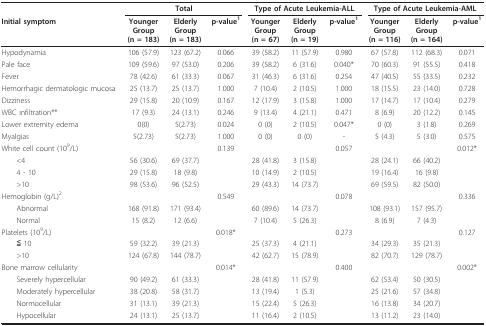
<table><thead><tr><td></td><td colspan="3"><b>Total</b></td><td colspan="3"><b>Type of Acute Leukemia-ALL</b></td><td colspan="3"><b>Type of Acute Leukemia-AML</b></td></tr><tr><td><b>Initial symptom</b></td><td><b>YoungerGroup(n = 183)</b></td><td><b>ElderlyGroup(n = 183)</b></td><td><b>p-value<sup>1</sup></b></td><td><b>YoungerGroup(n = 67)</b></td><td><b>ElderlyGroup(n = 19)</b></td><td><b>p-value<sup>1</sup></b></td><td><b>YoungerGroup(n = 116)</b></td><td><b>ElderlyGroup(n = 164)</b></td><td><b>p-value<sup>1</sup></b></td></tr></thead><tbody><tr><td>Hypodynamia</td><td>106 (57.9)</td><td>123 (67.2)</td><td>0.066</td><td>39 (58.2)</td><td>11 (57.9)</td><td>0.980</td><td>67 (57.8)</td><td>112 (68.3)</td><td>0.071</td></tr><tr><td>Pale face</td><td>109 (59.6)</td><td>97 (53.0)</td><td>0.206</td><td>39 (58.2)</td><td>6 (31.6)</td><td>0.040*</td><td>70 (60.3)</td><td>91 (55.5)</td><td>0.418</td></tr><tr><td>Fever</td><td>78 (42.6)</td><td>61 (33.3)</td><td>0.067</td><td>31 (46.3)</td><td>6 (31.6)</td><td>0.254</td><td>47 (40.5)</td><td>55 (33.5)</td><td>0.232</td></tr><tr><td>Hemorrhagic dermatologic mucosa</td><td>25 (13.7)</td><td>25 (13.7)</td><td>1.000</td><td>7 (10.4)</td><td>2 (10.5)</td><td>1.000</td><td>18 (15.5)</td><td>23 (14.0)</td><td>0.728</td></tr><tr><td>Dizziness</td><td>29 (15.8)</td><td>20 (10.9)</td><td>0.167</td><td>12 (17.9)</td><td>3 (15.8)</td><td>1.000</td><td>17 (14.7)</td><td>17 (10.4)</td><td>0.279</td></tr><tr><td>WBC infiltration**</td><td>17 (9.3)</td><td>24 (13.1)</td><td>0.246</td><td>9 (13.4)</td><td>4 (21.1)</td><td>0.471</td><td>8 (6.9)</td><td>20 (12.2)</td><td>0.145</td></tr><tr><td>Lower extremity edema</td><td>0(0)</td><td>5(2.73)</td><td>0.024</td><td>0 (0)</td><td>2 (10.5)</td><td>0.047*</td><td>0 (0)</td><td>3 (1.8)</td><td>0.269</td></tr><tr><td>Myalgias</td><td>5(2.73)</td><td>5(2.73)</td><td>1.000</td><td>0 (0)</td><td>0 (0)</td><td>-</td><td>5 (4.3)</td><td>5 (3.0)</td><td>0.575</td></tr><tr><td>White cell count (10<sup>9</sup>/L)</td><td></td><td></td><td>0.139</td><td></td><td></td><td>0.057</td><td></td><td></td><td>0.012*</td></tr><tr><td> &lt;4</td><td>56 (30.6)</td><td>69 (37.7)</td><td></td><td>28 (41.8)</td><td>3 (15.8)</td><td></td><td>28 (24.1)</td><td>66 (40.2)</td><td></td></tr><tr><td> 4 - 10</td><td>29 (15.8)</td><td>18 (9.8)</td><td></td><td>10 (14.9)</td><td>2 (10.5)</td><td></td><td>19 (16.4)</td><td>16 (9.8)</td><td></td></tr><tr><td> &gt;10</td><td>98 (53.6)</td><td>96 (52.5)</td><td></td><td>29 (43.3)</td><td>14 (73.7)</td><td></td><td>69 (59.5)</td><td>82 (50.0)</td><td></td></tr><tr><td>Hemoglobin (g/L)<sup>2</sup></td><td></td><td></td><td>0.549</td><td></td><td></td><td>0.078</td><td></td><td></td><td>0.336</td></tr><tr><td> Abnormal</td><td>168 (91.8)</td><td>171 (93.4)</td><td></td><td>60 (89.6)</td><td>14 (73.7)</td><td></td><td>108 (93.1)</td><td>157 (95.7)</td><td></td></tr><tr><td> Normal</td><td>15 (8.2)</td><td>12 (6.6)</td><td></td><td>7 (10.4)</td><td>5 (26.3)</td><td></td><td>8 (6.9)</td><td>7 (4.3)</td><td></td></tr><tr><td>Platelets (10<sup>9</sup>/L)</td><td></td><td></td><td>0.018*</td><td></td><td></td><td>0.273</td><td></td><td></td><td>0.127</td></tr><tr><td> ≦ 10</td><td>59 (32.2)</td><td>39 (21.3)</td><td></td><td>25 (37.3)</td><td>4 (21.1)</td><td></td><td>34 (29.3)</td><td>35 (21.3)</td><td></td></tr><tr><td> &gt;10</td><td>124 (67.8)</td><td>144 (78.7)</td><td></td><td>42 (62.7)</td><td>15 (78.9)</td><td></td><td>82 (70.7)</td><td>129 (78.7)</td><td></td></tr><tr><td>Bone marrow cellularity</td><td></td><td></td><td>0.014*</td><td></td><td></td><td>0.400</td><td></td><td></td><td>0.002*</td></tr><tr><td> Severely hypercellular</td><td>90 (49.2)</td><td>61 (33.3)</td><td></td><td>28 (41.8)</td><td>11 (57.9)</td><td></td><td>62 (53.4)</td><td>50 (30.5)</td><td></td></tr><tr><td> Moderately hypercellular</td><td>38 (20.8)</td><td>58 (31.7)</td><td></td><td>13 (19.4)</td><td>1 (5.3)</td><td></td><td>25 (21.6)</td><td>57 (34.8)</td><td></td></tr><tr><td> Normocellular</td><td>31 (13.1)</td><td>39 (21.3)</td><td></td><td>15 (22.4)</td><td>5 (26.3)</td><td></td><td>16 (13.8)</td><td>34 (20.7)</td><td></td></tr><tr><td> Hypocellular</td><td>24 (13.1)</td><td>25 (13.7)</td><td></td><td>11 (16.4)</td><td>2 (10.5)</td><td></td><td>13 (11.2)</td><td>23 (14.0)</td><td></td></tr></tbody></table>